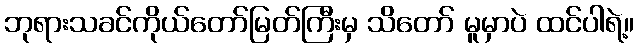
ဘုရားသခင်ကိုယ်တော်မြတ်ကြီးမှ သိတော် မူမှာပဲ ထင်ပါရဲ့။